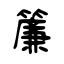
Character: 簾